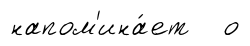
напом'ина́ет о